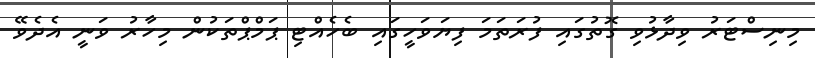
މިނިސްޓަރު ވިދާޅުވި ގޮތުގައި ފުރަތަމަ ފިޔަވަހީގައި ބެހެއްޓި ޕަމްޕްތަކުން މިހާރު ވަނީ އެދެވޭ